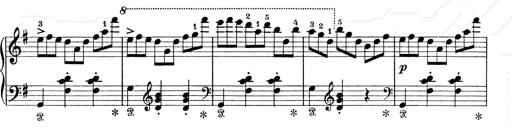
Title: 6 Polish Songs
Composer: Franz Liszt